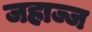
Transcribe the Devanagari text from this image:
जहाज्ज